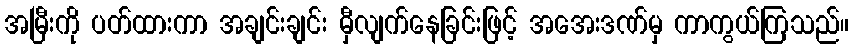
အမြီးကို ပတ်ထားကာ အချင်းချင်း မှီလျက်နေခြင်းဖြင့် အအေးဒဏ်မှ ကာကွယ်ကြသည်။